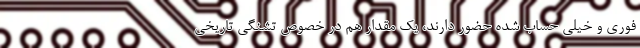
فوری و خیلی حساب شده حضور دارند، یک مقدار هم در خصوص تشنگی تاریخی